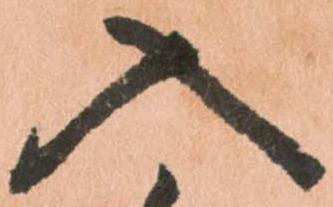
入